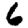
Digit: 6